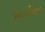
જાતીયતા